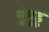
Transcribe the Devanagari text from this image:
मुंगुडु